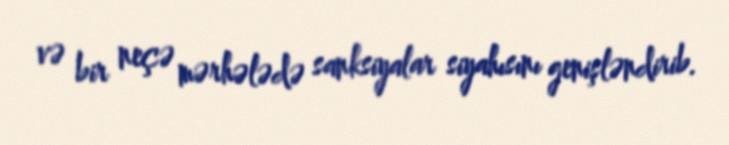
və bir neçə mərhələdə sanksiyalar siyahısını genişləndirib.